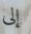
إلى